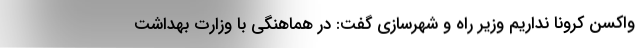
واکسن کرونا نداریم وزیر راه و شهرسازی گفت: در هماهنگی با وزارت بهداشت